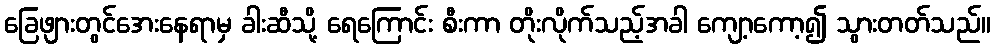
ခြေဖျားတွင်အေးနေရာမှ ခါးဆီသို့ ရေကြောင်း စီးကာ တိုးလိုက်သည့်အခါ ကျော့ကော့၍ သွားတတ်သည်။